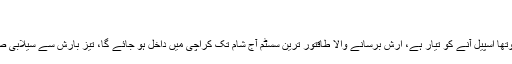
…
کراچی : شہر قائد میں مون سون کا چوتھا اسپیل آنے کو تیار ہے، ارش برسانے والا طاقتور ترین سسٹم آج شام تک کراچی میں داخل ہو جائے گا، تیز بارش سے سیلابی صورتحال پیدا ہونے کا قوی امکان ہے۔